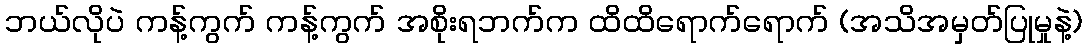
ဘယ်လိုပဲ ကန့်ကွက် ကန့်ကွက် အစိုးရဘက်က ထိထိရောက်ရောက် (အသိအမှတ်ပြုမှုနဲ့)